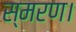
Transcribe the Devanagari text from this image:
स्मरण।